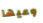
وعيها